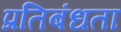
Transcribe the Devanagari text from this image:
प्रतिबंधता